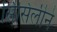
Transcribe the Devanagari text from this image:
सिसिलीने